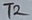
Text: T2